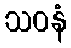
သဝနံ